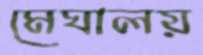
মেঘালয়